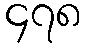
၄၇၈